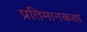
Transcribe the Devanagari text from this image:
प्रतिमानकता